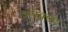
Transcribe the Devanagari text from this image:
अपेक्छा